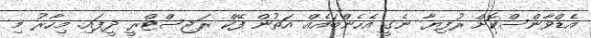
އެޑްވާންސްކޮށް ރުފިޔާ ނެގީ އެހެންބައެއް އަތުން ފޭކް ރަޖިސްޓްރީ ދީފައި. މިހާރު މި